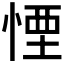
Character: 𪬉